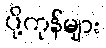
ပို့ကုန်များ